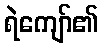
ရဲကျော်၏